画像に写った文字を読んでください
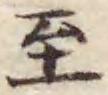
「至」と書いてあります